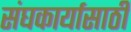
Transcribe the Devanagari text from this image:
संघकार्यासाठी